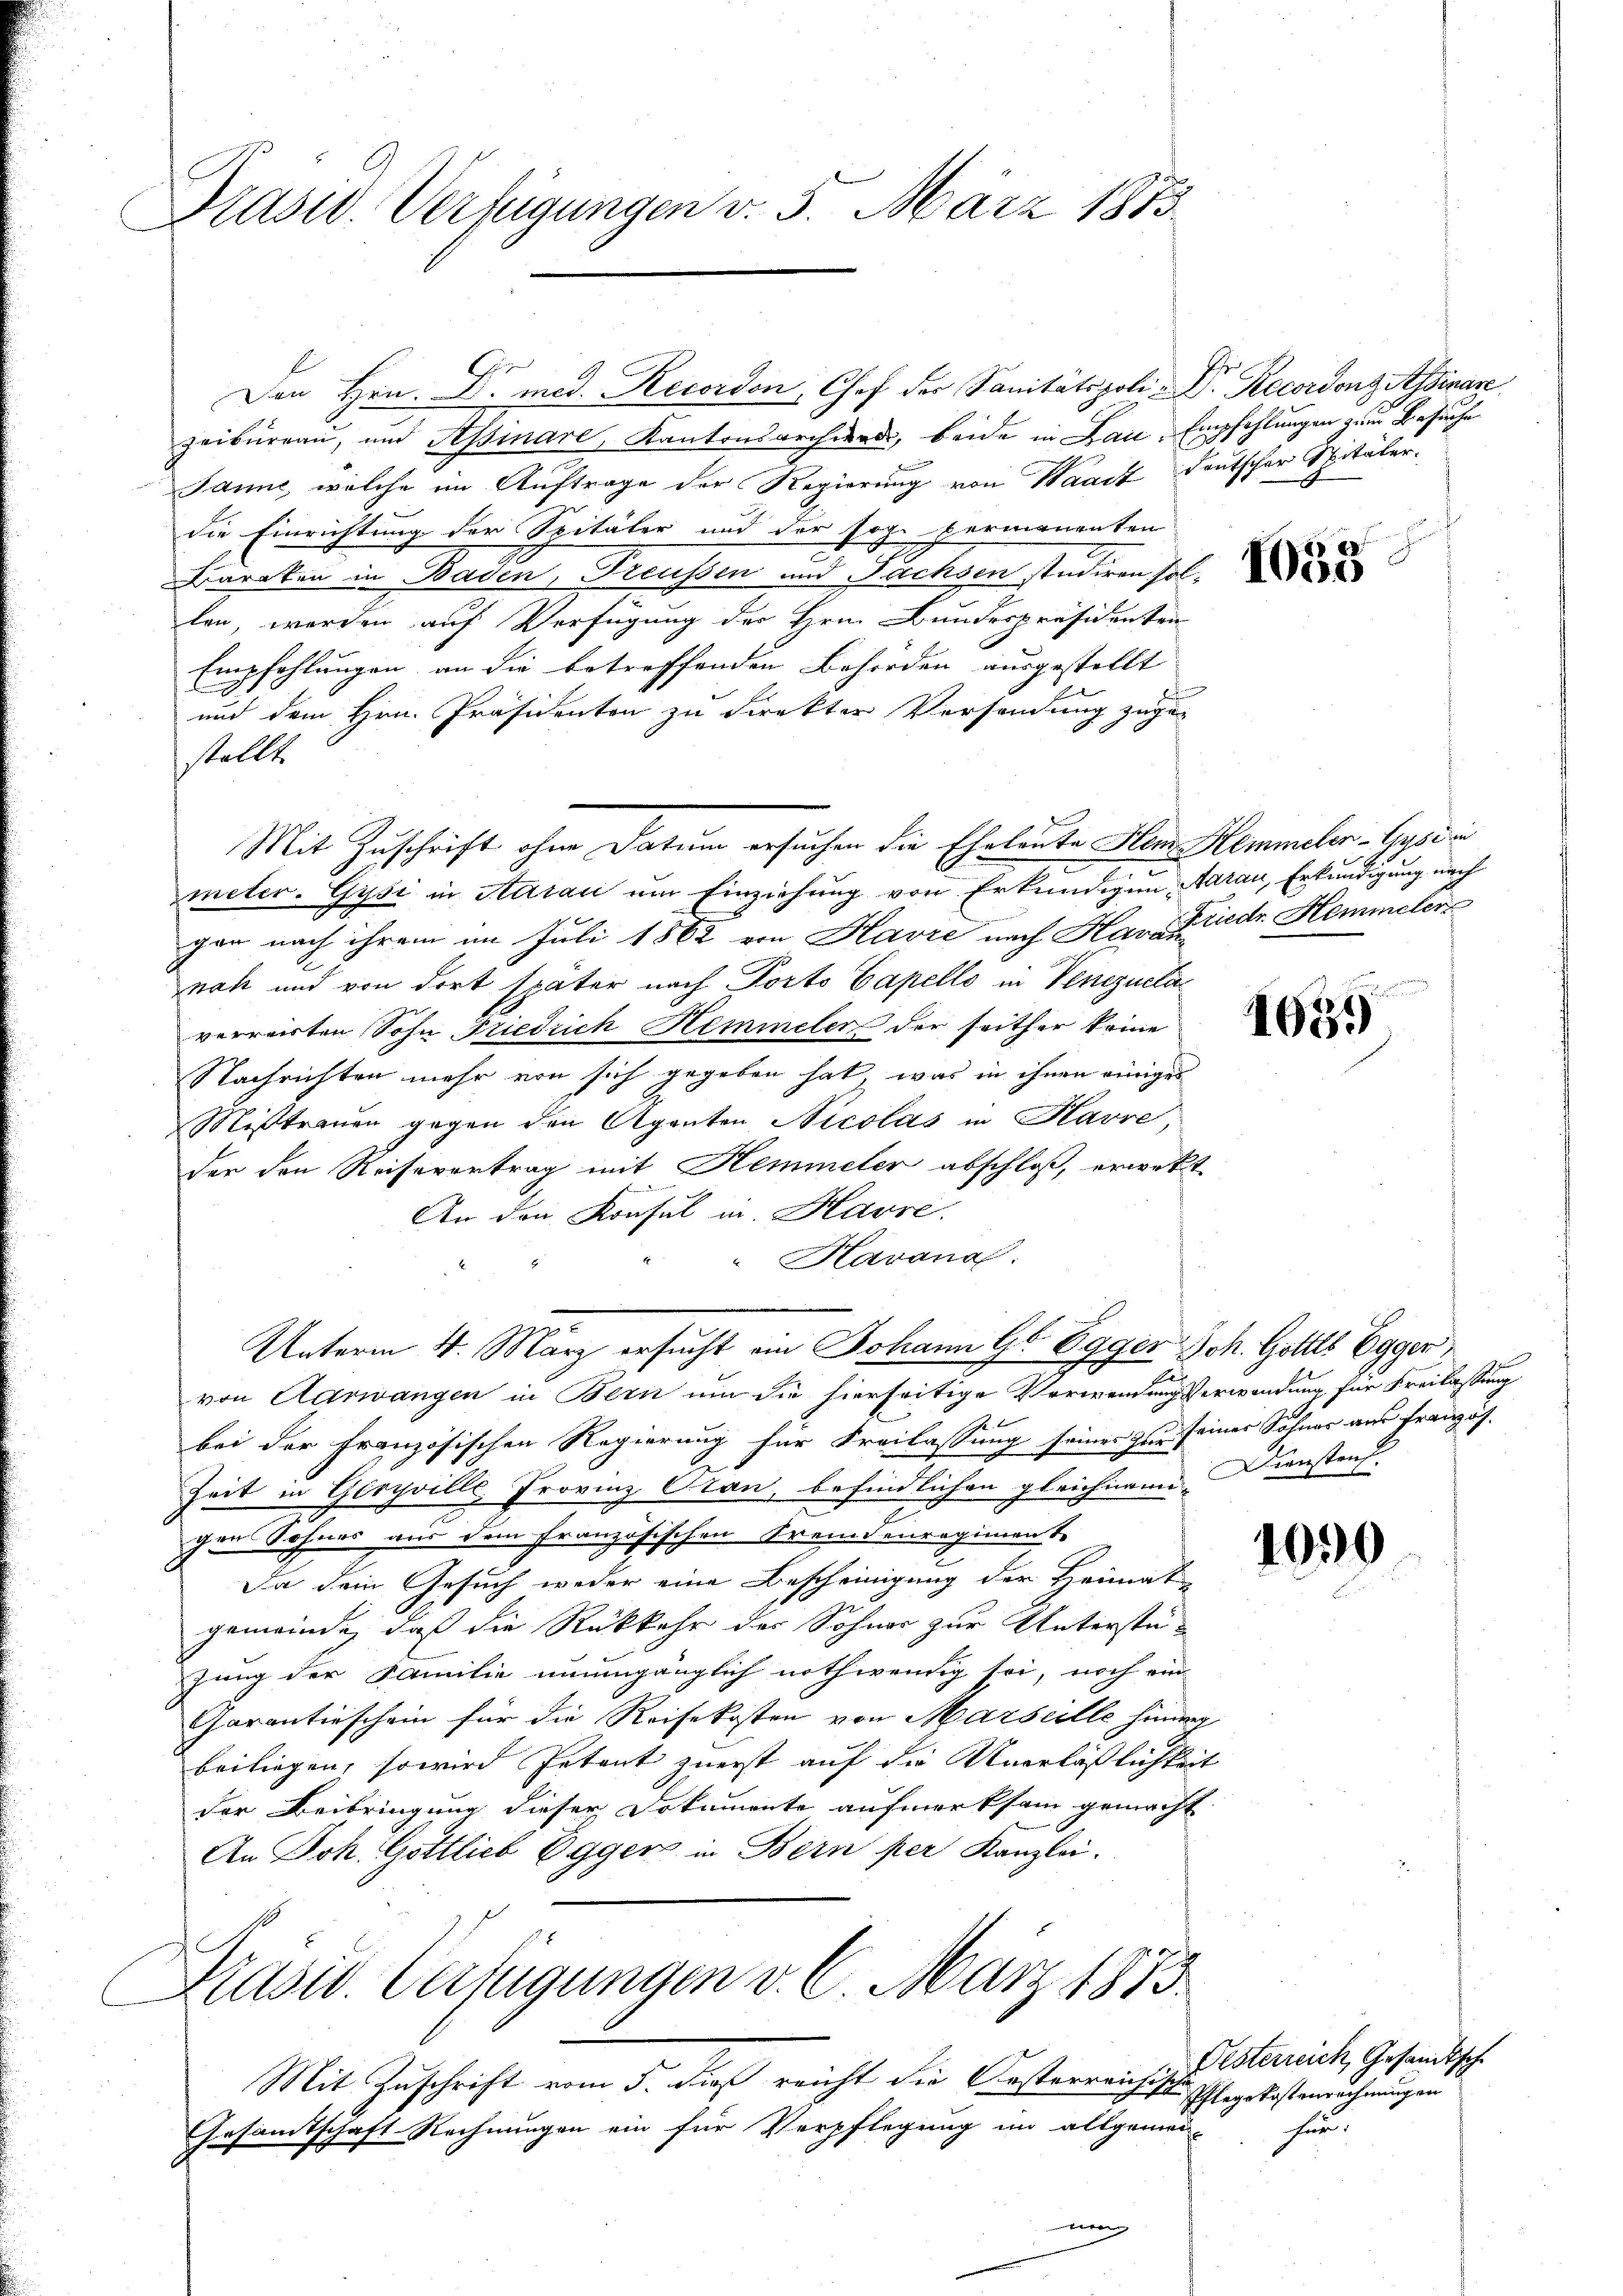
Präsid. Verfügungen v. 5. März 1873

Den Hrn. Dr. med. Recordon, Chef der Sanitätspoli-Dr. Recordonzessinare
zeibureau, und Assinare, Kantonsarchiers, beide in Bau, Empfehlungen zum Besuche
Janne, welche im Auftrage der Regierung von Waadt Deutscher Spitälerdie Einrichtung der Spitäter und der sog. vermanenten
Barcken in Baden, Preussen und Fuchsen studiren sollen, werden auf Verfügung der Hrn. Bundespräsidenten
Empfehlungen an die betreffenden Behörden ausgestellt
und dem Hrn. Präsidenten zu direkter Versendung zuge-
stellt.
Mit Zuschrift ohne Datum ersuchen die Eheleute Hem Hemmeler-Gysir
meter. Gysi in Aarau um Einziehung von Erkundigung Aarau, Erkundigung nach
gen nach ihrem im Juli 1862 von Havre nach Harz Friedr Hemmeler
noh und von dort später nach Porto Capello in Venezuela
verreirten Sohn Friedrich Hemmeler der seither keine
Nachrichten mehr von sich gegeben hat, was in ihnen einiges
Mißtrauen gegen den Agenten Nicolas in Havre,
der den Reisevertrag mit Hemmeler abschloß, erwekt
An den Konsul in Havre.
"Havana
Unterm 4. März ersucht am Johann G. Egger Joh. Gottes Egger,
von Aarwangen in Bern um die hierseitige Verwendung verwendung für Freilassung
bei der Französischen Regierung für Freilassung seiner Zur seiner Söhner aus Französ¬
Zeit in Geryville, Provinz Pran, befindlichen gleichnam Diensten.
gons Sohnes aus dem französischen Freundenregiment
Da dein Gesuch weder eine Bescheinigung der Heimat-
gemeinde, daß die Rückkehr des Sohner zur Unterstüzung der Familie unumgänglich nothwendig sei, noch ein
Garantieschein für die Reisekosten von Marseille hinder
beiliegen, so wird Petent zuerst auf die Unerläßlichkeit
der Beibringung dieser Dokumente aufmerksam gemacht
An Joh. Gottlieb Egger in Bern per Kanzlei.
Präsid. Verfügungen v. 6. März 1873
Mit Zuschrift vom 5. dieß reicht die Oesterreichische Pflegekostenrechnungen
Gesamtschaft Rechnungen ein für Verpflegung im allgemei

e

1058

1681)

1090

Desterreich, Gesandtsch
hin.